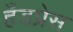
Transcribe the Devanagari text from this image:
हँडप्रेस